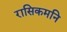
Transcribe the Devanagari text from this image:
रासिकमनि